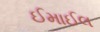
ઈમાઈલ